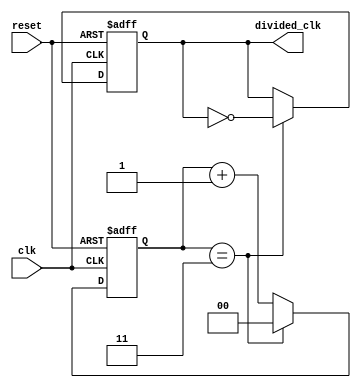
module frequency_divider_counter #(
    parameter N = 4 // Division factor (can be changed as needed)
)(
    input wire clk,          // Input clock signal
    input wire reset,        // Asynchronous reset signal
    output reg divided_clk    // Output divided clock signal
);

    reg [$clog2(N)-1:0] counter; // Counter to keep track of clock cycles

    always @(posedge clk or posedge reset) begin
        if (reset) begin
            counter <= 0;         // Reset counter to 0
            divided_clk <= 0;     // Reset divided clock to low
        end else begin
            if (counter == N-1) begin
                counter <= 0;      // Reset counter when it reaches N
                divided_clk <= ~divided_clk; // Toggle divided clock
            end else begin
                counter <= counter + 1; // Increment counter
            end
        end
    end

endmodule